Annual administration and progress report of the Indian Medical Department, Bombay
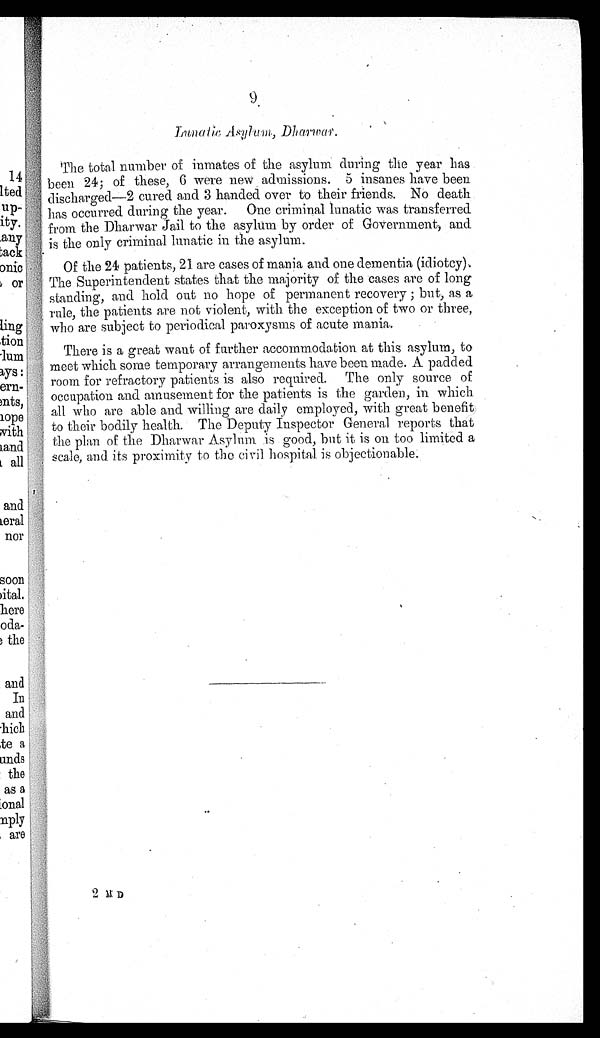
Lunatic Asylum, Dharwar.
The total number of inmates of the asylum during the year has
been 24; of these, 6 were new admissions. 5 insanes have been
discharged—2 cured and 3 handed over to their friends. No death
has occurred during the year. One criminal lunatic was transferred
from the Dharwar Jail to the asylum by order of Government, and
is the only criminal lunatic in the asylum.
Of the 24 patients, 21 are cases of mania and one dementia (idiotcy).
The Superintendent states that the majority of the cases are of long
standing, and hold out no hope of permanent recovery ; but, as a
rule, the patients are not violent, with the exception of two or three,
who are subject to periodical paroxysms of acute mania.
There is a great want of further accommodation at this asylum, to
meet which some temporary arrangements have been made. A padded
room for refractory patients is also required. The only source of
occupation and amusement for the patients is the garden, in which
all who are able and willing are daily employed, with great benefit
to their bodily health. The Deputy Inspector General reports that
the plan of the Dharwar Asylum is good, but it is on too limited a
scale, and its proximity to the civil hospital is objectionable.
2 M D